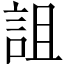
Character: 詛